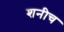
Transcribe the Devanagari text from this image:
शनीच